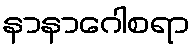
နာနာဂေါစရာ